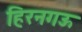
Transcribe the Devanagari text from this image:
हिरनगऊ